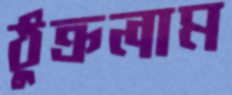
ঠুক্‌রলাম